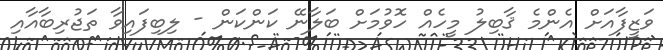
ވަޒީފާއަށް އެންމެ ޤާބިލު މީހެއް ހޮވުމަށް ބަލާނޭ ކަންކަން - ލިބިފައިވާ ތަޖުރިބާއާއި